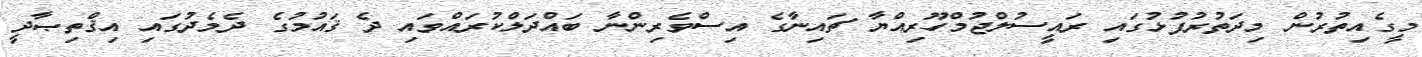
މީގެއިތުރުން މިދަތުރުފުޅުގައި ރައީސުލްޖުމްހޫރިއްޔާ ޗައިނާގެ އިސްވެރިންނާ ބައްދަލްކުރައްވައި ދެ ޤައުމުގެ ދެމެދުގައި އިޤްތިޞާދީ